Annual administration report of the Civil Veterinary Department of India - 1898-1899
Year: 1898
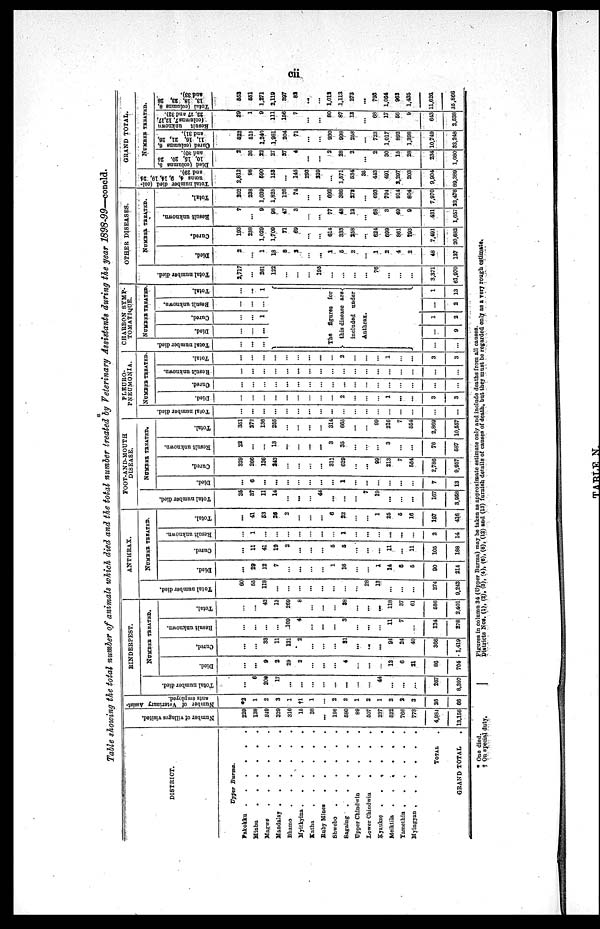
cii
Table showing the total number of animals which died and the total number treated by Veterinary Assistants during the year 1898-99—concld.
DISTRICT.
Upper
Burma.
Pakokku
.
.
.
.
.
.
Minbu
.
.
.
.
.
.
Magwe
.
.
.
.
.
.
Mandalay
.
.
.
.
.
.
Bhamo
.
.
.
.
.
.
Myitkyina
.
.
.
.
.
.
Katha
.
.
.
.
.
.
Ruby Mines
.
.
.
.
.
Shwebo
.
.
.
.
.
.
Sagaing
.
.
.
.
.
.
Upper Chindwin
.
.
.
.
Lower Chindwin
.
.
.
.
Kyaukse
.
.
.
.
.
.
Meiktila
.
.
.
.
.
.
Yamethin
.
.
.
.
.
.
Myingyan .
.
.
.
.
.
TOTAL.
GRAND TOTAL
Number of villages visited.
229
138
249
329
316
16
38
...
196
580
89
507
237
622
766
773
4,934
13,156
Number of Veterinary Assist-
ants employed.
*2
1
2
3
1
†1
1
...
2
2
1
2
1
2
2
3
26
66
R I
N D E R P E S T .
Total number died.
...
6
206
17
...
...
...
...
...
...
...
...
44
...
...
...
267
8,397
NUMBER TREATED.
Died.
...
...
9
2
29
2
...
...
...
4
...
...
...
13
6
21
86
704
Cured.
...
...
33
11
131
2
...
...
...
31
...
...
...
94
24
40
366
1,419
Result unknown.
...
...
...
...
109
4
...
...
...
3
...
...
...
11
7
...
134
278
Total.
...
...
42
13
269
8
...
...
...
88
...
...
...
118
37
61
586
2.401
ANTHRAX.
Tot al number died.
60
55
118
...
...
...
...
...
...
...
...
28
13
...
...
...
274
9,243
NUMBER TREATED.
Died.
...
29
12
7
...
...
...
...
1
16
...
...
1
14
6
5
90
214
Cured.
...
11
41
19
2
...
...
...
5
5
...
...
...
11
...
11
105
188
Result unknown.
...
1
...
...
...
...
...
...
...
1
...
...
...
...
...
...
2
14
Total.
...
41
53
20
2
...
...
...
6
22
...
...
1
25
6
16
197
416
FOOT-AND-MOUTH
DISEASE.
Tot al number di ed.
36
87
11
14
...
...
...
44
...
...
...
7
19
...
...
...
167
3,958
NUMBER TREATED.
Died.
6
...
...
...
...
...
...
...
1
...
...
...
...
...
...
7
13
Cured.
329
266
136
242
...
...
...
...
311
629
...
...
99
213
7
564
2,786
9,957
Result unknown.
22
...
...
13
...
...
...
...
3
35
...
...
...
3
...
...
76
687
Total.
351
272
136
255
...
...
...
...
314
665
...
...
99
216
7
554
2,869
10,557
PLEURO-
PNEUMONIA.
Tot al number died.
...
...
...
...
...
...
...
...
...
...
...
...
...
...
...
...
...
...
NUMBER TREATED.
Died.
...
...
...
...
...
...
...
...
...
2
...
...
...
1
...
...
3
3
Cured.
...
...
...
...
...
...
...
...
...
...
...
...
...
...
...
...
...
...
Result unknown.
...
...
...
...
...
...
...
...
...
...
...
...
...
...
...
...
...
...
Total.
...
...
...
...
...
...
...
...
...
2
...
...
...
1
...
...
3
3
CHARBON SYMP-
TOMATIQUE.
Tot al number di ed.
...
...
...
NUMBER TREATED
Died.
...
...
...
Cured.
...
...
1
Result
unknown.
...
...
...
Total.
...
...
1
The
figures
for
this disease are
included under
Anthrax.
...
...
...
9
1
2
...
2
1
13
OTHER DISEASES.
Tot al number di ed.
2,717
...
261
122
...
...
...
196
...
...
...
...
76
...
...
3,371
61,970
NUMBER TREATED.
Died.
2
...
1
18
8
3
...
...
1
5
2
...
1
2
4
2
48
137
Cured.
193
238
1,029
1,709
71
69
...
...
614
333
258
...
624
699
861
793
7,491
20,682
Result unknown.
7
...
9
98
47
3
...
...
77
48
13
...
68
3
49
9
431
1,657
Total.
202
238
1,039
1,825
126
74
...
...
692
386
273
...
693
704
914
804
7,970
22,476
GRAND TOTAL.
Tot al number died (col-
umns 4, 9, 14, 19, 24
and 29).
2,812
98
690
153
...
145
293
239
...
1,571
534
35
443
491
2,297
203
9,904
89,389
NUMBER TREATED.
Died (columns 5,
10, 16, 20, 25
and 30).
2
36
22
27
37
4
...
...
2
28
2
...
2
30
16
28
234
1,080
Cured (columns 6,
11, 16, 21, 26,
and 31).
622
615
1,240
1,981
204
71
...
...
930
998
258
...
723
1,017
892
1,398
10,749
32,248
Result unknown
(columns 7, 12,17,
22, 27 and 32).
29
1
9
111
156
7
...
...
80
87
13
...
68
17
66
9
643
2,538
Total (columns 8,
13, 18, 23, 28
and 33).
553
551
1,271
2,119
397
82
...
...
1,012
1,113
273
...
793
1,064
963
1,435
11,626
35,866
* One died.
† On special duty,
Figures in column 34 (Upper Burma) may be taken as approximate estimate only and include deaths from all causes.
Districts Nos. (1), (2), (3), (4), (6), (8), (12) and (13) farnish details of causes of death, but they must be regarded only as a very rough estimate.